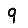
Digit: 9